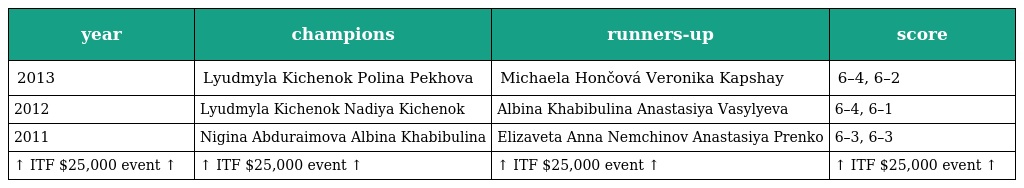
| year | champions | runners-up | score |
 | --- | --- | --- | --- |
 | 2013 | Lyudmyla Kichenok Polina Pekhova | Michaela Hončová Veronika Kapshay | 6–4, 6–2 |
 | 2012 | Lyudmyla Kichenok Nadiya Kichenok | Albina Khabibulina Anastasiya Vasylyeva | 6–4, 6–1 |
 | 2011 | Nigina Abduraimova Albina Khabibulina | Elizaveta Anna Nemchinov Anastasiya Prenko | 6–3, 6–3 |
 | ↑ ITF $25,000 event ↑ | ↑ ITF $25,000 event ↑ | ↑ ITF $25,000 event ↑ | ↑ ITF $25,000 event ↑ |